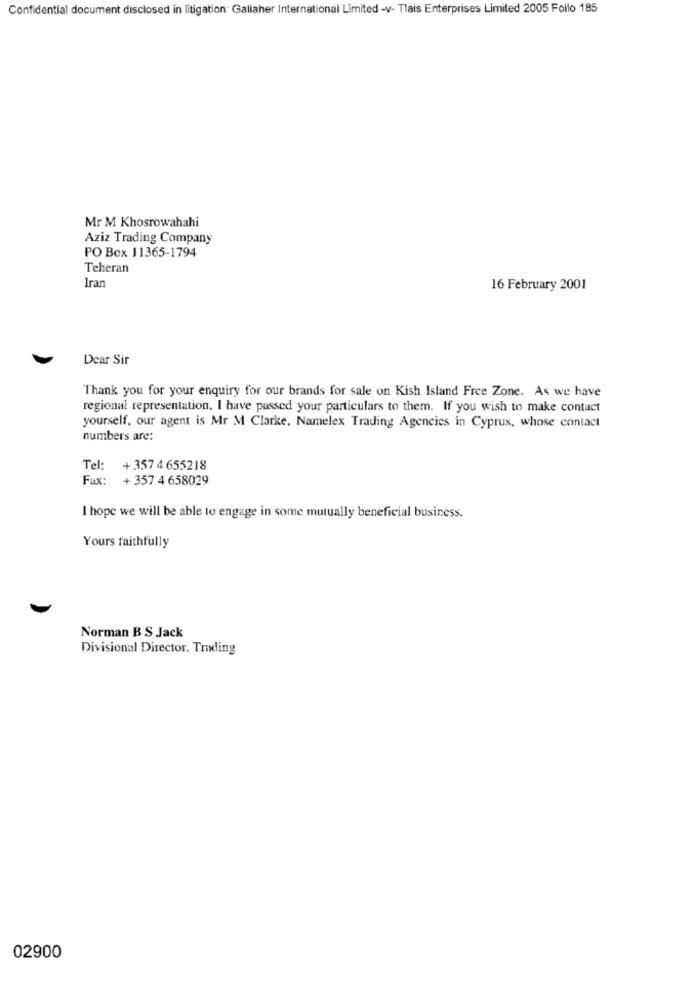
Confidential document disclosed in litigation: Gallaher International Limited -v- Tlais Enterprises Limited 2005 Follo 185
Mr M Khosrowahahi
Aziz Trading Company
PO Box 11365-1794
Teheran
Iran
16 February 2001
Dear Sir
Thank you for your enquiry for our brands for sale on Kish Island Free Zone. As we have
regional representation, I have passed your particulars to them. If you wish to make contact
yourself, our agent is Mr M Clarke, Namelex Trading Agencies in Cyprus, whose contact
numbers are:
Tel: +357 4 655218
Fax: + 357 4 658029
I hope we will be able to engage in some mutually beneficial business.
Yours faithfully
Norman B S Jack
Divisional Director, Trading
02900